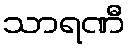
သာရဏီ